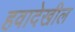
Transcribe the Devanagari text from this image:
हवादेखील